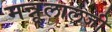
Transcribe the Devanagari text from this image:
मन्नूलालजी